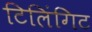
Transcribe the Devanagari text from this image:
टिलिंगिट